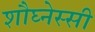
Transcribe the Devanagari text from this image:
शौघ्नेस्सी